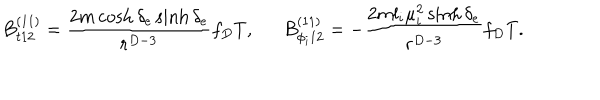
LaTeX: B _ { t 1 2 } ^ { ( 1 1 ) } = { \frac { 2 m \cosh \delta _ { e } \sinh \delta _ { e } } { r ^ { D - 3 } } } f _ { D } T , \ \ B _ { \phi _ { i } 1 2 } ^ { ( 1 1 ) } = - { \frac { 2 m l _ { i } \mu _ { i } ^ { 2 } \sinh \delta _ { e } } { r ^ { D - 3 } } } f _ { D } T .